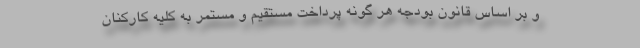
و بر اساس قانون بودجه هر گونه پرداخت مستقیم و مستمر به کلیه کارکنان